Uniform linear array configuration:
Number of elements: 24
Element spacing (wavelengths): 1
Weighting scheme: blackman
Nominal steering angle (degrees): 30
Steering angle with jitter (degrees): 31.715
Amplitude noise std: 0.05
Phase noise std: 0.05

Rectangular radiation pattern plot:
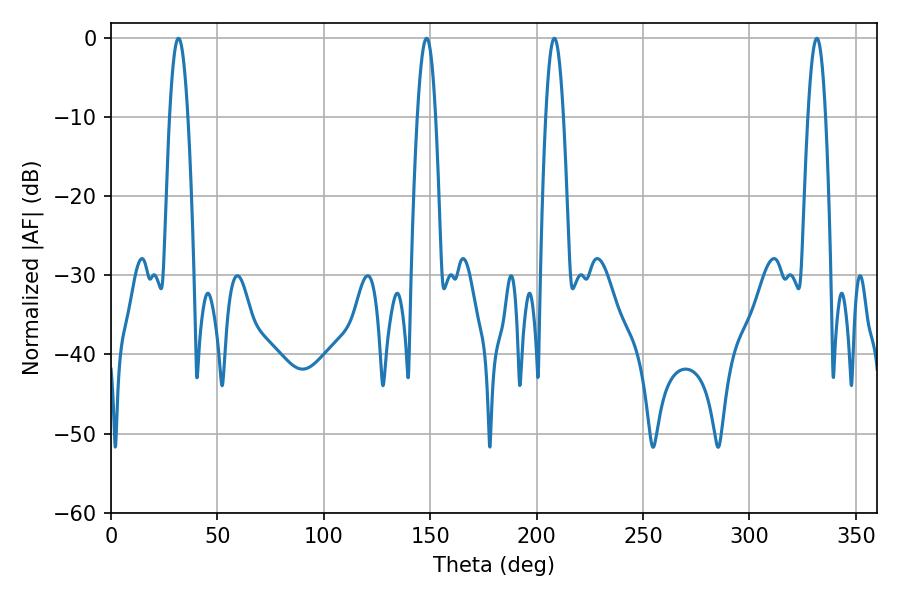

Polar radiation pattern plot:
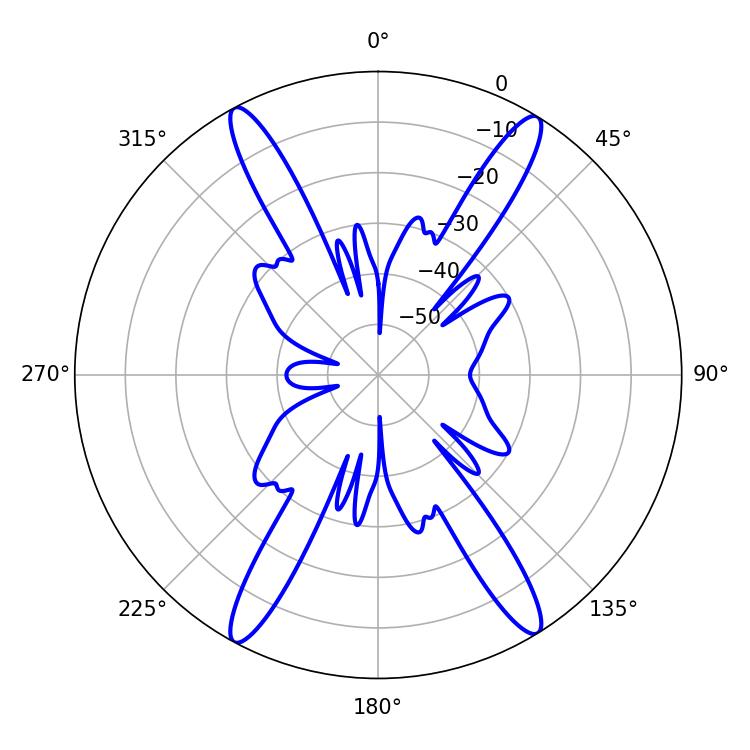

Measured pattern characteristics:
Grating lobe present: TRUE
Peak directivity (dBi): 22.285
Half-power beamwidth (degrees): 4.68
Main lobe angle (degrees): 31.68